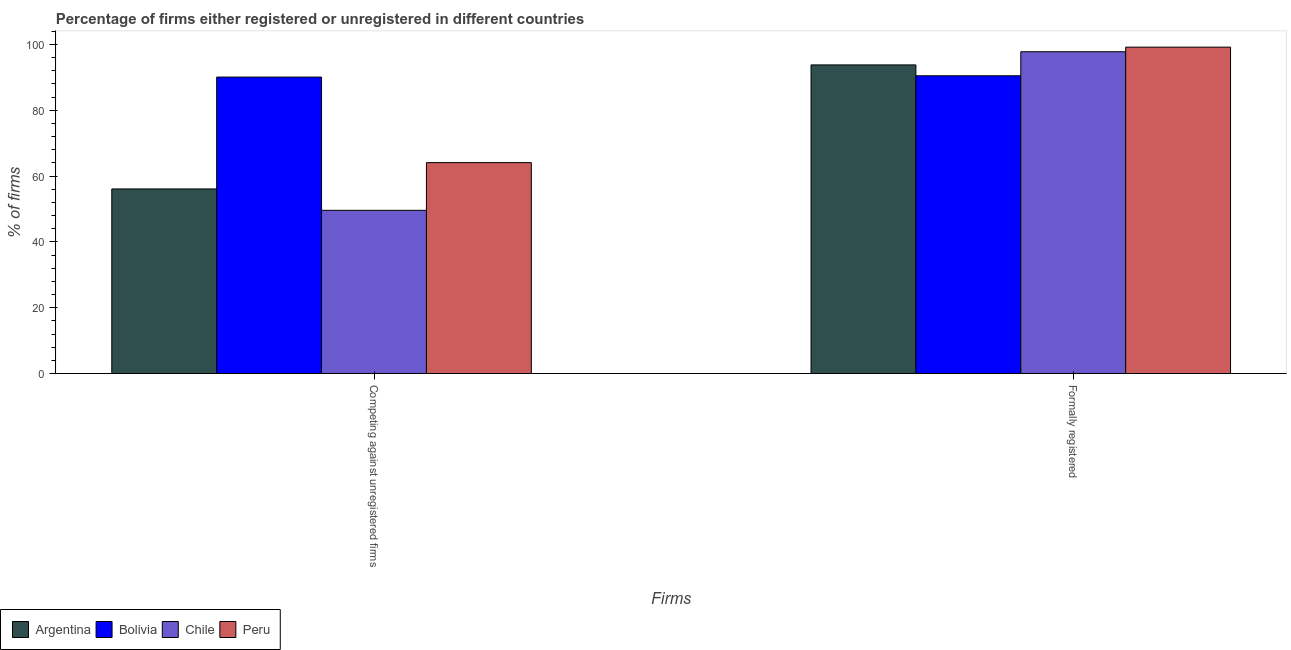
| Firms | Argentina | Bolivia | Chile | Peru |
 | --- | --- | --- | --- | --- |
 | Competing against unregistered firms | 56.1 | 90.1 | 49.6 | 64.1 |
 | Formally registered | 93.8 | 90.5 | 97.8 | 99.2 |